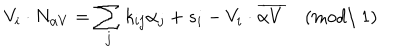
V _ { i } \cdot N _ { \alpha V } = \sum _ { j } k _ { i j } \alpha _ { j } + s _ { i } - V _ { i } \cdot \overline { { { \alpha V } } } \quad ( \mathrm { m o d \ 1 } )